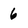
Character: 6